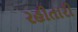
રહીતારી